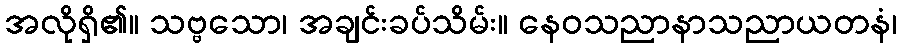
အလိုရှိ၏။ သဗ္ဗသော၊ အချင်းခပ်သိမ်း။ နေဝသညာနာသညာယတနံ၊